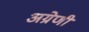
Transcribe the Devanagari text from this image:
अग्रेणी